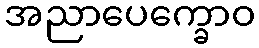
အညာပေက္ခောဝ